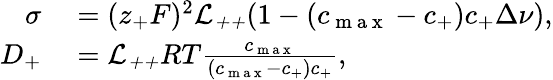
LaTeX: \begin{array}{rl}{\sigma}&{{}=(z_{+}F)^{2}\mathcal{L_{++}}(1-(c_{\mathrm{~m~a~x~}}-c_{+})c_{+}\Delta\nu),}\\ {D_{+}}&{{}=\mathcal{L_{++}}RT\frac{c_{\mathrm{~m~a~x~}}}{(c_{\mathrm{~m~a~x~}}-c_{+})c_{+}},}\end{array}